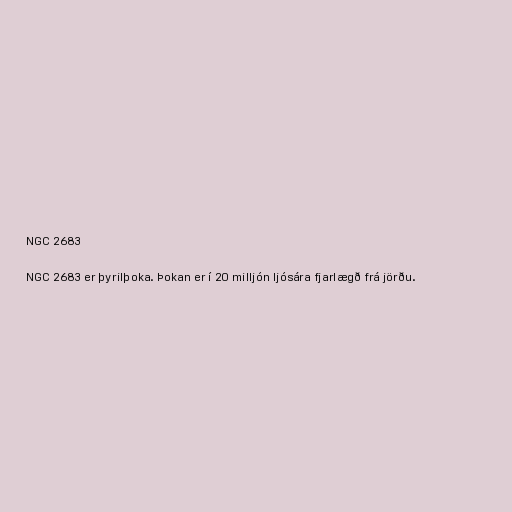
NGC 2683

NGC 2683 er þyrilþoka. Þokan er í 20 milljón ljósára fjarlægð frá jörðu.